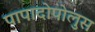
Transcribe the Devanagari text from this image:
पापादोपोलुस